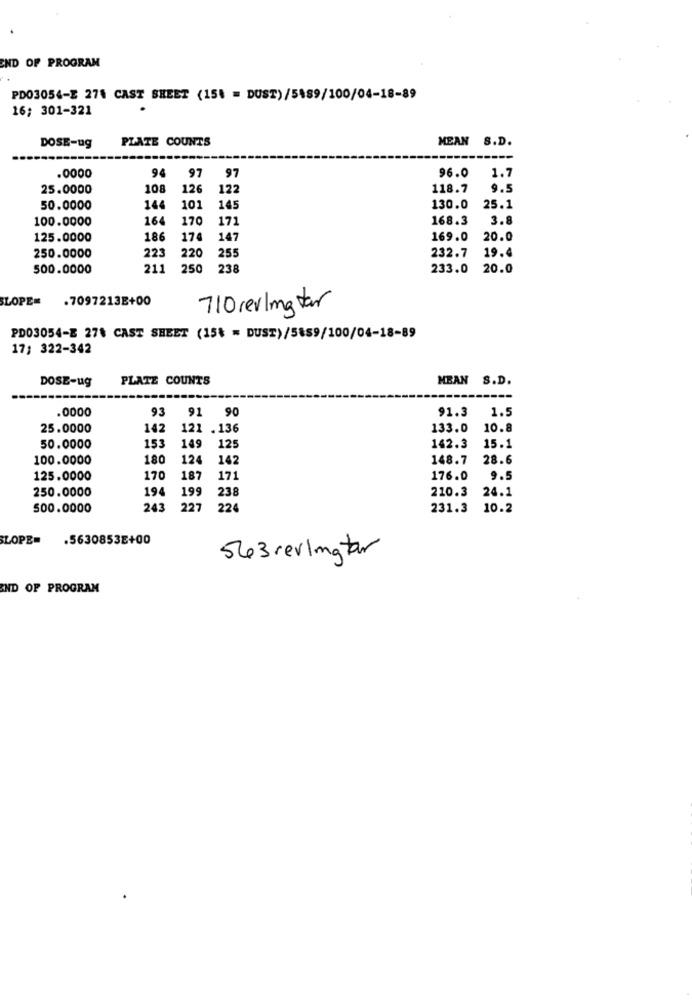
END OF PROGRAM
PD03054-2 274 CAST SHEET (15% = DUST)/5489/100/04-18-89
16; 301-321
PLATE COUNTS
MEAN S.D.
DOSE-ug
94
96.0
1.7
.0000
97
97
25.0000
108
126
122
118.7
9.5
50.0000
144
101
145
130.0
25.1
100.0000
164
170
171
168.3
3.8
125.0000
18
174
147
169.0
20.0
232.7
250.0000
223
220
255
19.4
500.0000
211
250
238
233.0 20.0
SLOPE= . 7097213E+00
710/erlingtar
PD03054-E 278 CAST SHEET (15% = DUST)/5889/100/04-18-89
17; 322-342
DOSE-ug
PLATZ COUNTS
MBAN S.D.
.0000
93
91 90
91.3
1.5
25.0000
142
121 .136
133.0
10.8
153
142.3
15.1
50.0000
149
125
100.0000
180
124
142
148.7 28.6
125.0000
170
187
171
176.0
9.5
250.0000
194
199
238
210.3
24.1
500.0000
243
227
224
231.3
10.2
SLOPE=
.5630853E+00
563 reulmatar
END OF PROGRAM